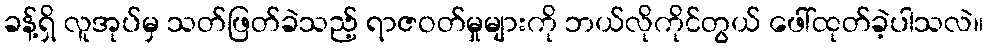
ခန့်ရှိ လူအုပ်မှ သတ်ဖြတ်ခဲသည့် ရာဇဝတ်မှုများကို ဘယ်လိုကိုင်တွယ် ဖေါ်ထုတ်ခဲ့ပါသလဲ။